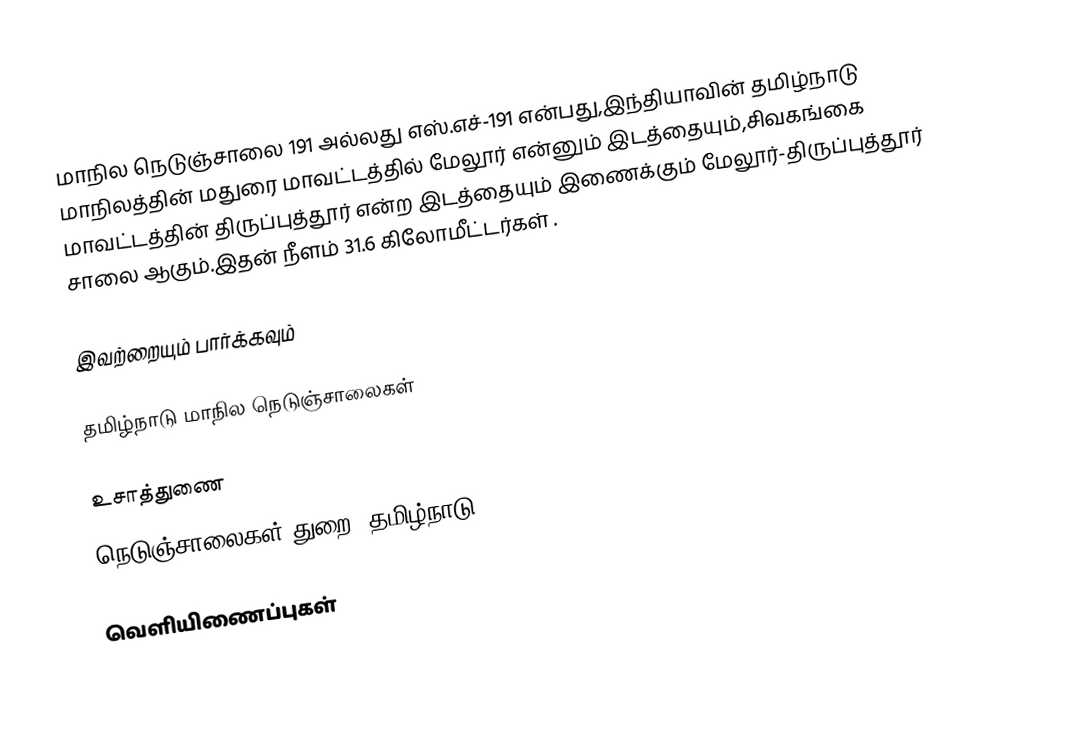
மாநில நெடுஞ்சாலை 191 அல்லது எஸ்.எச்-191  என்பது,இந்தியாவின் தமிழ்நாடு மாநிலத்தின்  மதுரை மாவட்டத்தில்  மேலூர்  என்னும் இடத்தையும்,சிவகங்கை மாவட்டத்தின் திருப்புத்தூர்  என்ற இடத்தையும் இணைக்கும் மேலூர்-திருப்புத்தூர் சாலை ஆகும்.இதன் நீளம் 31.6  கிலோமீட்டர்கள் .

இவற்றையும் பார்க்கவும்

 தமிழ்நாடு மாநில நெடுஞ்சாலைகள்

உசாத்துணை
 நெடுஞ்சாலைகள் துறை, தமிழ்நாடு

வெளியிணைப்புகள்